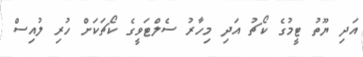
އަދި ޔޫތު ޓީމުގެ ކޯޗު އަދި މިހާރު ސެލްޓަވީގެ ކޯޗަކަށް ހުރި ލުއިސް